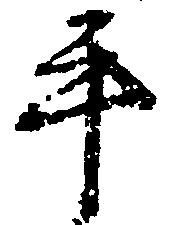
手